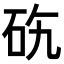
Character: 𥑅